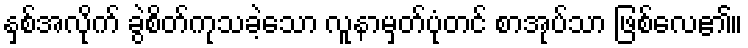
နှစ်အလိုက် ခွဲစိတ်ကုသခဲ့သော လူနာမှတ်ပုံတင် စာအုပ်သာ ဖြစ်လေ၏။